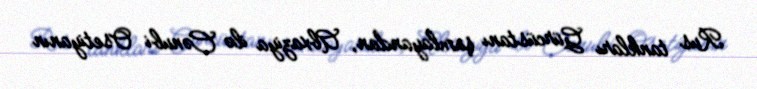
Rus tankları Gürcüstanı şumlayandan, Abxaziya ilə Cənubi Osetiyanın